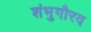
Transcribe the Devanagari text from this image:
शंभुगौरव